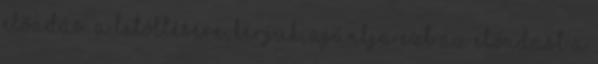
előadás. A letöltésére, kérjük, ajánlja ezt az előadást a